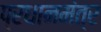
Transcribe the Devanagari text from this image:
प्रधानमंत्र